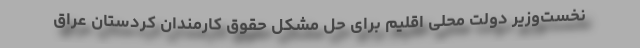
نخست‌وزیر دولت محلی اقلیم برای حل مشکل حقوق کارمندان کردستان عراق